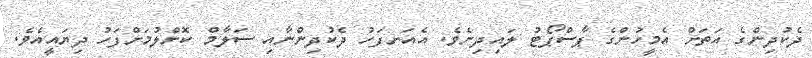
ދެކުދިންގެ އަތަށް އެމީހުންގެ ޕާސްޕޯޓު ލައިދިނެވެ. އެއަށފަހު ދެކުދިންނާއި ސަލާމް ކޮށްލުމަށްފަހު ދިޔައީއެވެ.